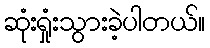
ဆုံးရှုံးသွားခဲ့ပါတယ်။